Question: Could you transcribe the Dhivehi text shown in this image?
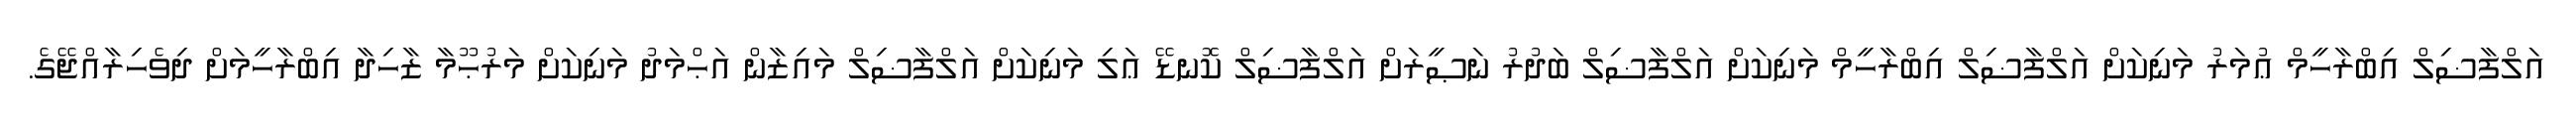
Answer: އަލްފާޟިލް އިބްރާހީމް ޢުމަރު މަނިކަށް އަލްފާޟިލް އިބްރާހީމް މަނިކަށް އަލްފާޟިލް ބަދުރު ނަޞީރަށް އަލްފާޟިލް ކޮނޑޭ ޢަލި މަނިކަށް އަލްފާޟިލް މައިޒާން އަޙްމަދު މަނިކަށް މަރުޙޫމާ ޒާހިދާ އިބްރާހީމަށް ދިވެހިރާއްޖޭގެ.